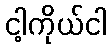
ငါ့ကိုယ်ငါ